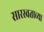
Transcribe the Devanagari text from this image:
सारस्वताच्या